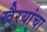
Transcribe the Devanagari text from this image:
खैर्‍यांचा